Annual report of the Central Committee of the Association together with the report of the directors of the Pasteur Institute at Kasauli
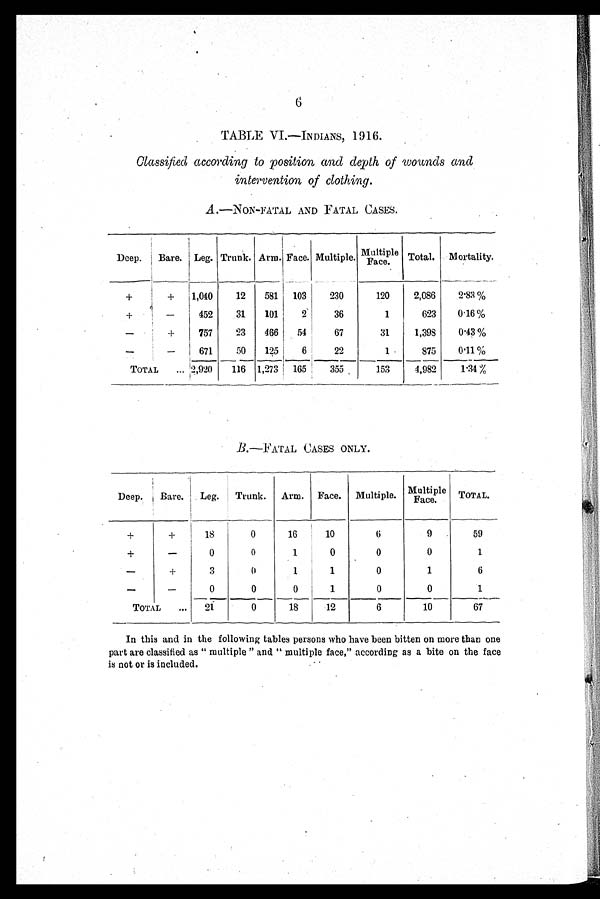
Arm.
Total.
Face.
Trunk.
Multiple
Face.
Mortality.
Multiple.
Deep.
Bare.
Leg.
Trunk. Arm. Face.
Multiple. Multiple
Face.
TOTAL.
18
0
16
10
0
0
1
0
3
0
1
1
0
0
0
1
21
0_ 18
12
TOTAL
6
0
0
0
6
9
0
1
0
10
59
1
6
1
67
6
TABLE VI.—INDIANS, 1916.
Classified according to position and depth of wounds and
intervention of clothing.
A .—NON-FATAL AND FATAL CASES.
Deep.
Bare. Leg.
+
1,040
-
—
452
+
757
671
TOTAL
... 2,920
12
581
103
230
120
2,086
2.83
% .
31
101
2
36
1
623
0.16
23
966
54
67
31
1,398
0'43 %
50
125
6
22
1
875
0'11 %
116 1,273
165
355
153
4,982
1'34
B.—FATAL CASES ONLY.
In this and in the following tables persons who have been bitten on more than one
part are classified as "multiple" and "multiple face," according as a bite on the face
is not or is included.